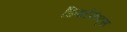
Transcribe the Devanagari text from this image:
डिपार्टमेण्ट्स